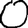
Digit: 0